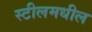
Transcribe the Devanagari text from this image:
स्टीलमधील